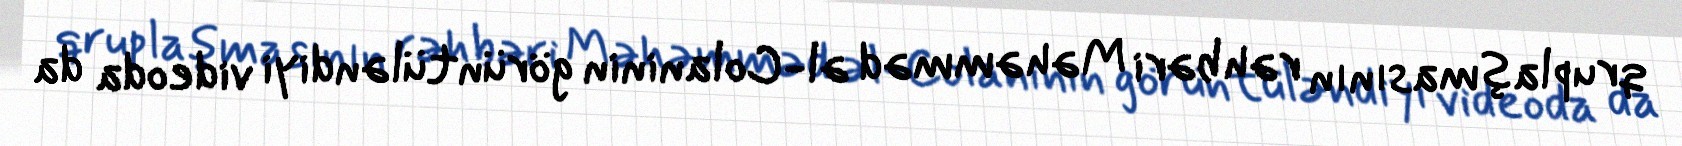
qruplaşmasının rəhbəri Məhəmməd əl-Colaninin görüntüləndiyi videoda da